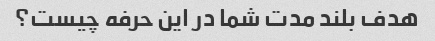
هدف بلند مدت شما در این حرفه چیست؟